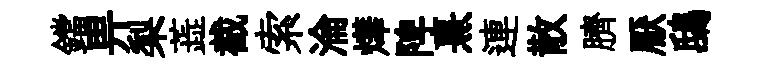
鐺畀梨蕋截索淪燁陴熹連散臍厭鴟